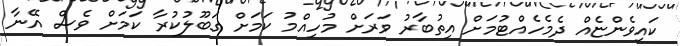
ކައިވެންޏެއް ދެމެހެއްޓުމަށް އިތުބާރު ވަރަށް މުހިއްމު ކަމަށް ގަބޫލުކުރާ ކަމަށް ވެސް އޭނާ